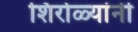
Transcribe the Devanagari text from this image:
शिरोळ्यांनी